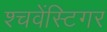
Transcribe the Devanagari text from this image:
श्चवेंस्टिगर